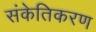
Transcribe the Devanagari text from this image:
संकेतिकरण